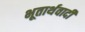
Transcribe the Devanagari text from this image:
भूतार्थवादी